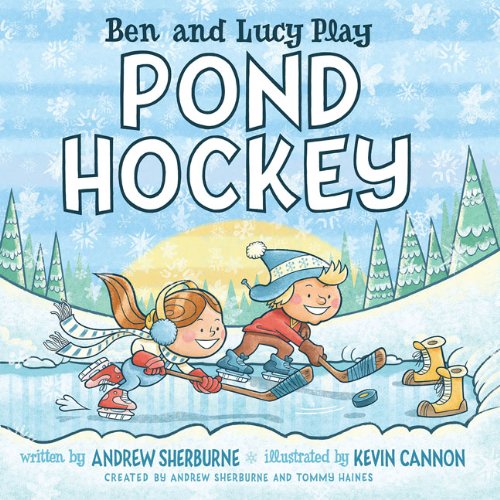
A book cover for Ben and Lucy Play Pond Hockey; Andrew Sherburne; Children's Books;